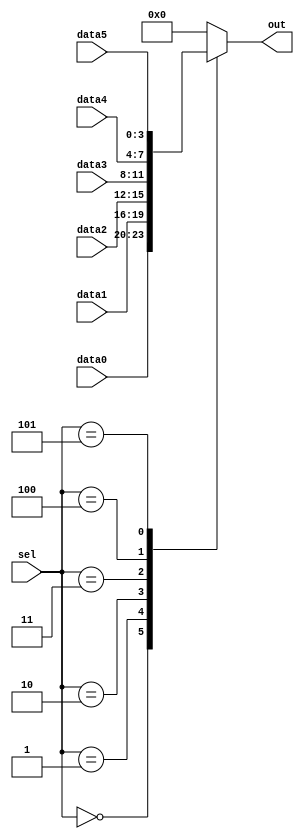
/**
 * Case statements are more convenient than if statements if there are a large number of cases. So, in this exercise, create a 6-to-1 multiplexer. When sel is between 0 and 5, choose the corresponding data input. Otherwise, output 0. The data inputs and outputs are all 4 bits wide.
 * 
 * Be careful of inferring latches (See.always_if2)
 */

// synthesis verilog_input_version verilog_2001
module top_module ( 
    input [2:0] sel, 
    input [3:0] data0,
    input [3:0] data1,
    input [3:0] data2,
    input [3:0] data3,
    input [3:0] data4,
    input [3:0] data5,
    output reg [3:0] out   );//

    always@(*) begin  // This is a combinational circuit
        case(sel)
            3'd0: out = data0;
            3'd1: out = data1;
            3'd2: out = data2;
            3'd3: out = data3;
            3'd4: out = data4;
            3'd5: out = data5;
            default: out = 4'b0;
        endcase
    end

endmodule